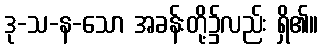
ဒု-သ-န-သော အခန်းတို့၌လည်း ရှိ၏။